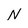
Character: n